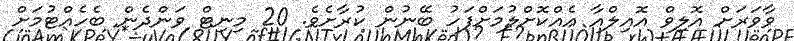
ވާވަރަށް އޮލިވް އޮއިލްއާ އެއްކޮށްލުމަށްފަހު ބޭނުން ކުރާށެވެ. 20 މިނިޓް ވަންދެން ބެހެއްޓުމަށް